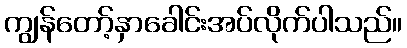
ကျွန်တော့်နှာခေါင်းအပ်လိုက်ပါသည်။